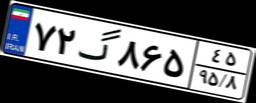
۷۲گ۸۶۵۴۵